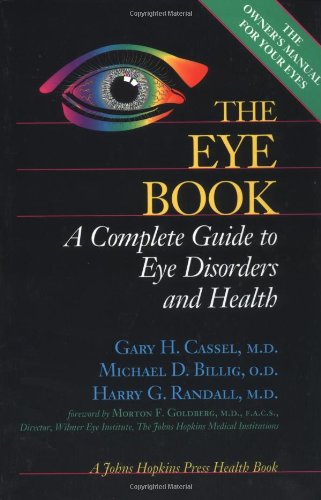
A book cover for The Eye Book: A Complete Guide to Eye Disorders and Health (A Johns Hopkins Press Health Book); Gary H. Cassel; Health, Fitness & Dieting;